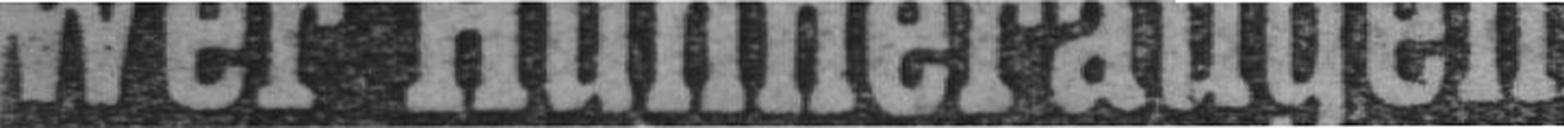
Wer Hühneraugen